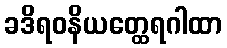
ခဒိရဝနိယတ္ထေရဂါထာ